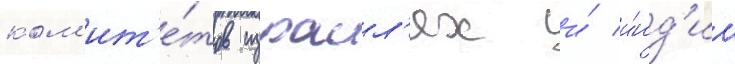
ком'ит'е́тов израил'ях и́ и́нд'ии